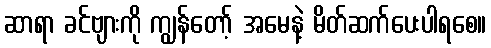
ဆာရာ ခင်ဗျားကို ကျွန်တော့် အမေနဲ့ မိတ်ဆက်ပေးပါရစေ။